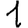
Digit: 1